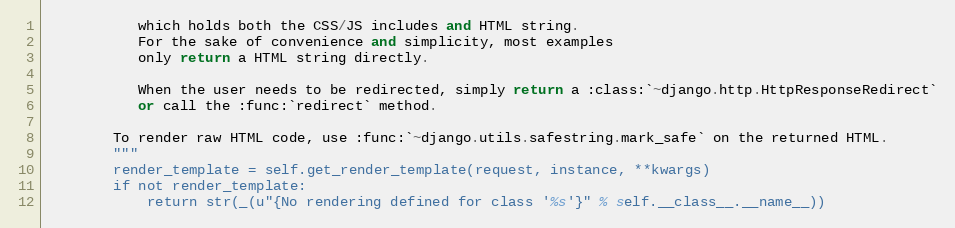
Language: Python
           which holds both the CSS/JS includes and HTML string.
           For the sake of convenience and simplicity, most examples
           only return a HTML string directly.

           When the user needs to be redirected, simply return a :class:`~django.http.HttpResponseRedirect`
           or call the :func:`redirect` method.

        To render raw HTML code, use :func:`~django.utils.safestring.mark_safe` on the returned HTML.
        """
        render_template = self.get_render_template(request, instance, **kwargs)
        if not render_template:
            return str(_(u"{No rendering defined for class '%s'}" % self.__class__.__name__))